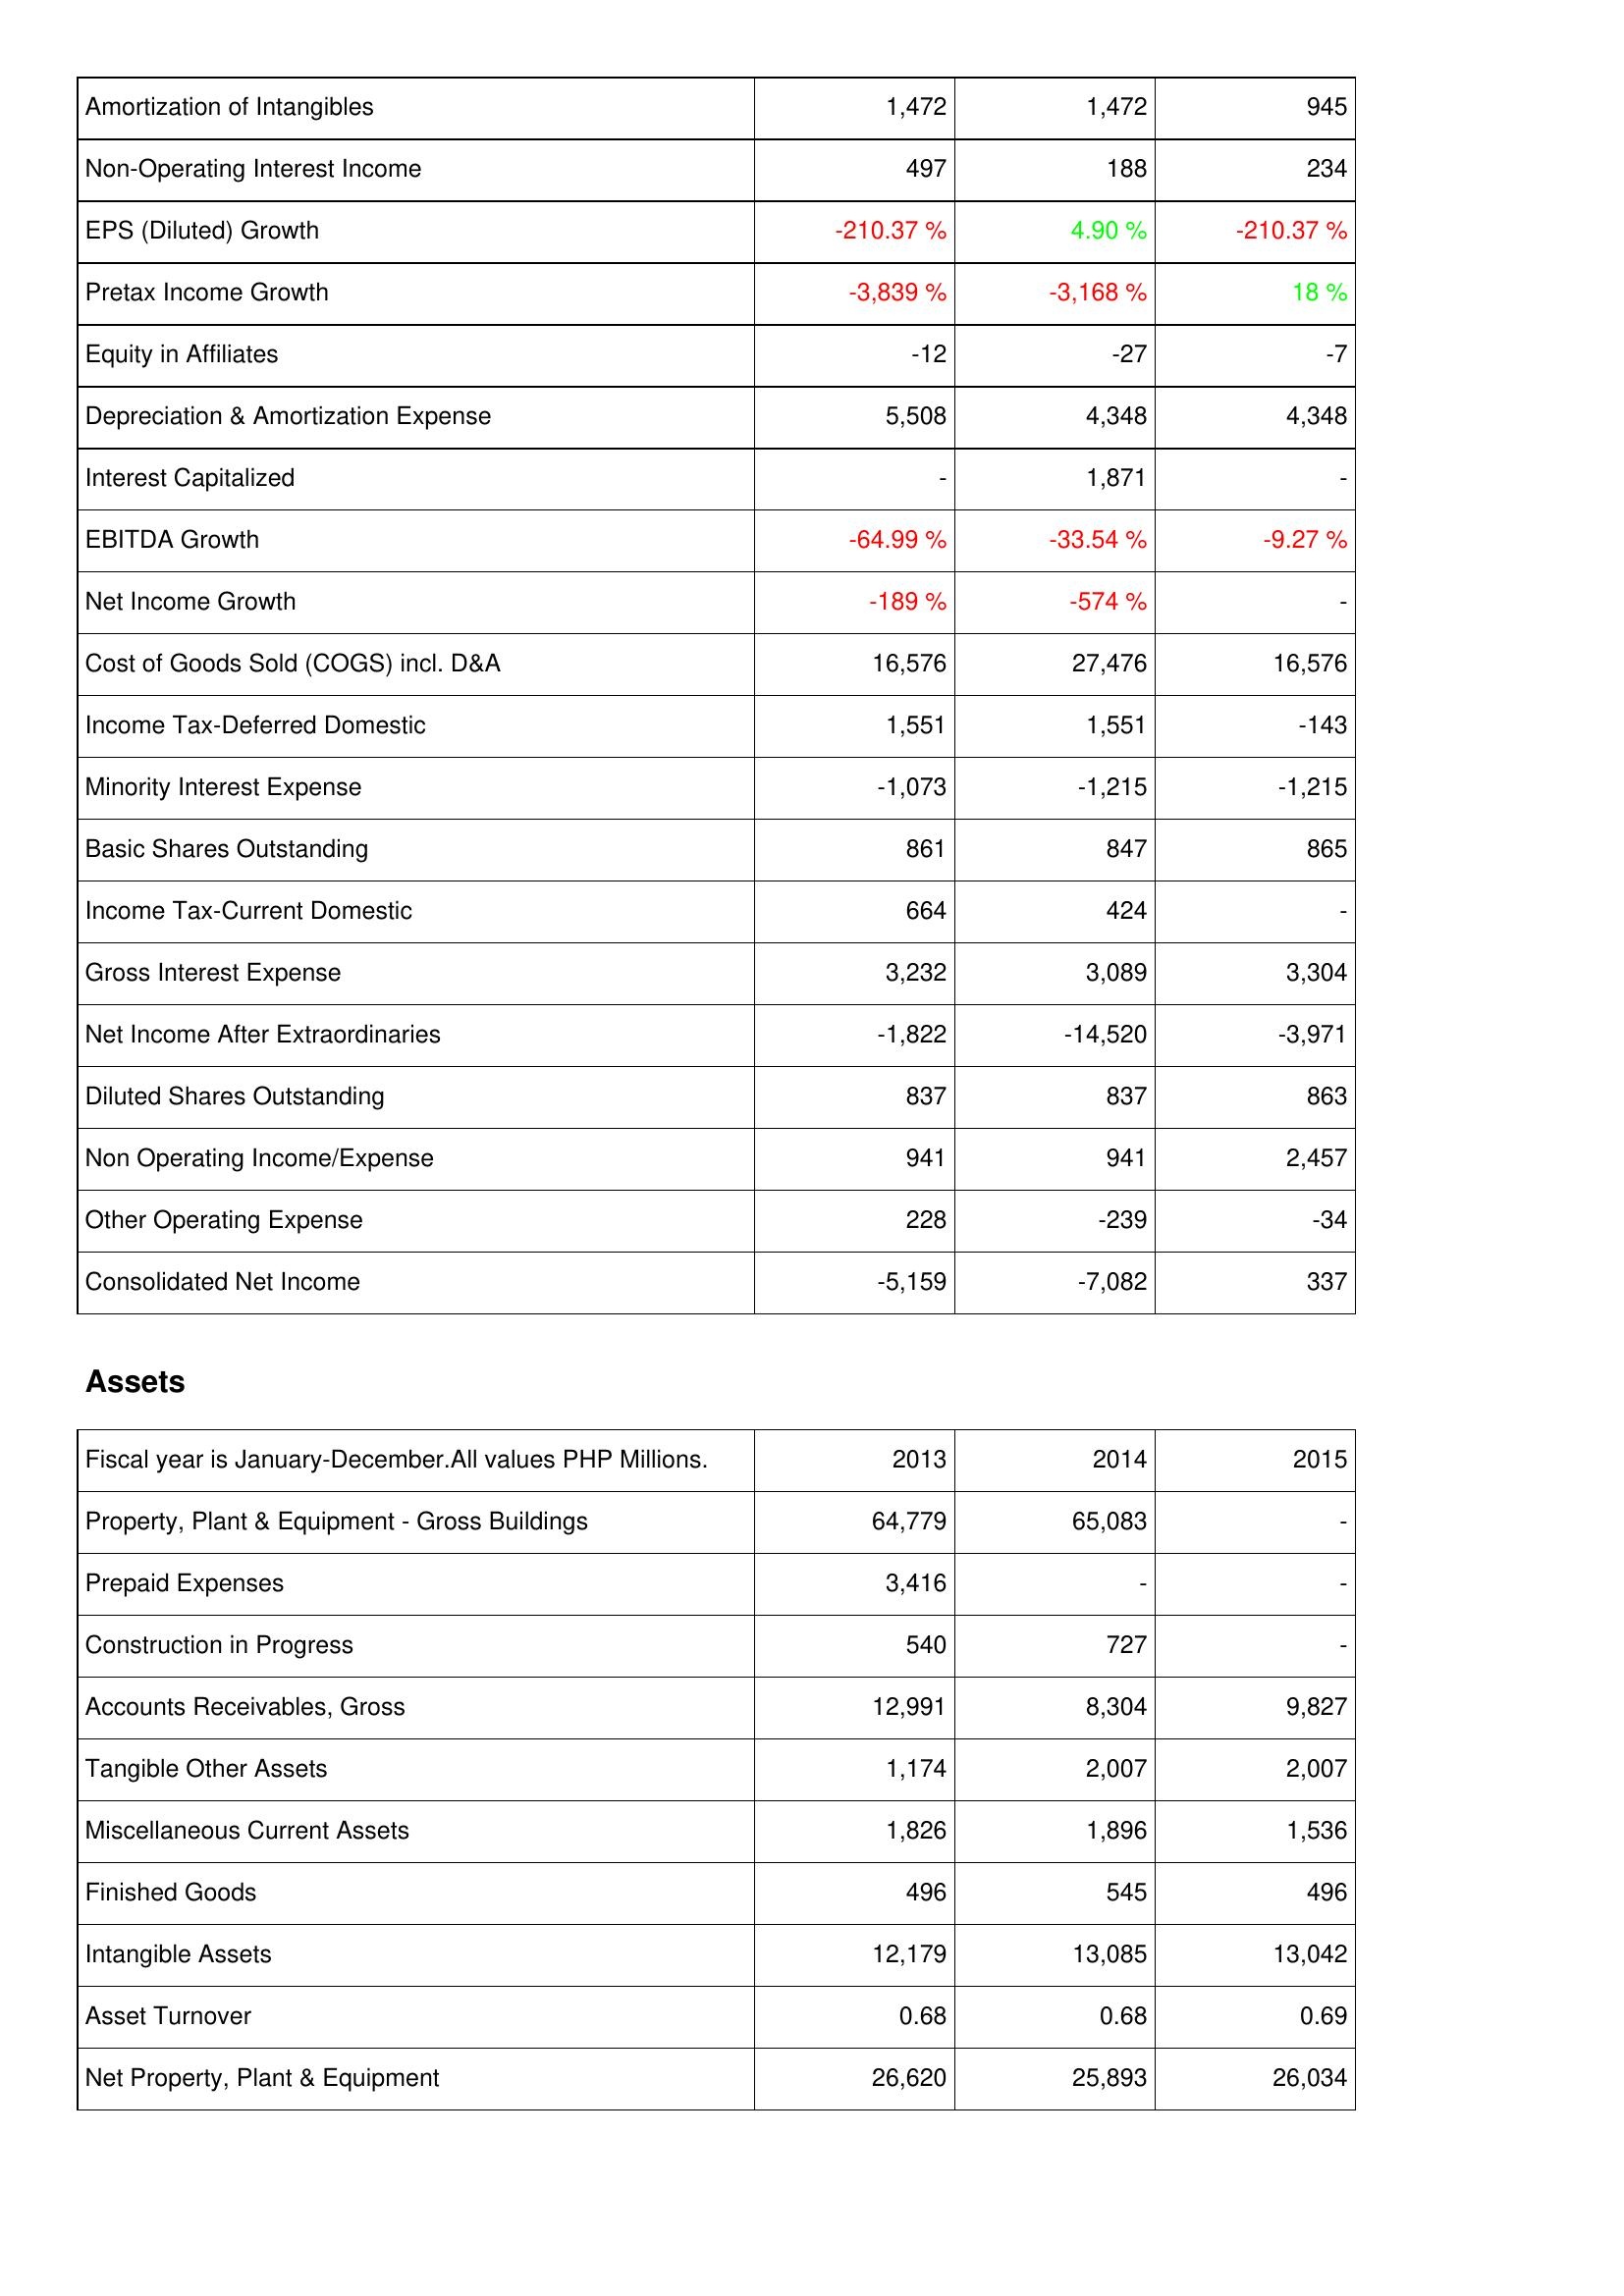
2013: Income Statement: Amortization of Intangibles: 1,472
Non-Operating Interest Income: 497
EPS (Diluted) Growth: -210.37 %
Pretax Income Growth: -3,839 %
Equity in Affiliates: -12
Depreciation & Amortization Expense: 5,508
Interest Capitalized: -
EBITDA Growth: -64.99 %
Net Income Growth: -189 %
Cost of Goods Sold (COGS) incl. D&A: 16,576
Income Tax-Deferred Domestic: 1,551
Minority Interest Expense: -1,073
Basic Shares Outstanding: 861
Income Tax-Current Domestic: 664
Gross Interest Expense: 3,232
Net Income After Extraordinaries: -1,822
Diluted Shares Outstanding: 837
Non Operating Income/Expense: 941
Other Operating Expense: 228
Consolidated Net Income: -5,159
Assets: Property, Plant & Equipment - Gross Buildings: 64,779
Prepaid Expenses: 3,416
Construction in Progress: 540
Accounts Receivables, Gross: 12,991
Tangible Other Assets: 1,174
Miscellaneous Current Assets: 1,826
Finished Goods: 496
Intangible Assets: 12,179
Asset Turnover: 0.68
Net Property, Plant & Equipment: 26,620
2014: Income Statement: Amortization of Intangibles: 1,472
Non-Operating Interest Income: 188
EPS (Diluted) Growth: 4.90 %
Pretax Income Growth: -3,168 %
Equity in Affiliates: -27
Depreciation & Amortization Expense: 4,348
Interest Capitalized: 1,871
EBITDA Growth: -33.54 %
Net Income Growth: -574 %
Cost of Goods Sold (COGS) incl. D&A: 27,476
Income Tax-Deferred Domestic: 1,551
Minority Interest Expense: -1,215
Basic Shares Outstanding: 847
Income Tax-Current Domestic: 424
Gross Interest Expense: 3,089
Net Income After Extraordinaries: -14,520
Diluted Shares Outstanding: 837
Non Operating Income/Expense: 941
Other Operating Expense: -239
Consolidated Net Income: -7,082
Assets: Property, Plant & Equipment - Gross Buildings: 65,083
Prepaid Expenses: -
Construction in Progress: 727
Accounts Receivables, Gross: 8,304
Tangible Other Assets: 2,007
Miscellaneous Current Assets: 1,896
Finished Goods: 545
Intangible Assets: 13,085
Asset Turnover: 0.68
Net Property, Plant & Equipment: 25,893
2015: Income Statement: Amortization of Intangibles: 945
Non-Operating Interest Income: 234
EPS (Diluted) Growth: -210.37 %
Pretax Income Growth: 18 %
Equity in Affiliates: -7
Depreciation & Amortization Expense: 4,348
Interest Capitalized: -
EBITDA Growth: -9.27 %
Net Income Growth: -
Cost of Goods Sold (COGS) incl. D&A: 16,576
Income Tax-Deferred Domestic: -143
Minority Interest Expense: -1,215
Basic Shares Outstanding: 865
Income Tax-Current Domestic: -
Gross Interest Expense: 3,304
Net Income After Extraordinaries: -3,971
Diluted Shares Outstanding: 863
Non Operating Income/Expense: 2,457
Other Operating Expense: -34
Consolidated Net Income: 337
Assets: Property, Plant & Equipment - Gross Buildings: -
Prepaid Expenses: -
Construction in Progress: -
Accounts Receivables, Gross: 9,827
Tangible Other Assets: 2,007
Miscellaneous Current Assets: 1,536
Finished Goods: 496
Intangible Assets: 13,042
Asset Turnover: 0.69
Net Property, Plant & Equipment: 26,034